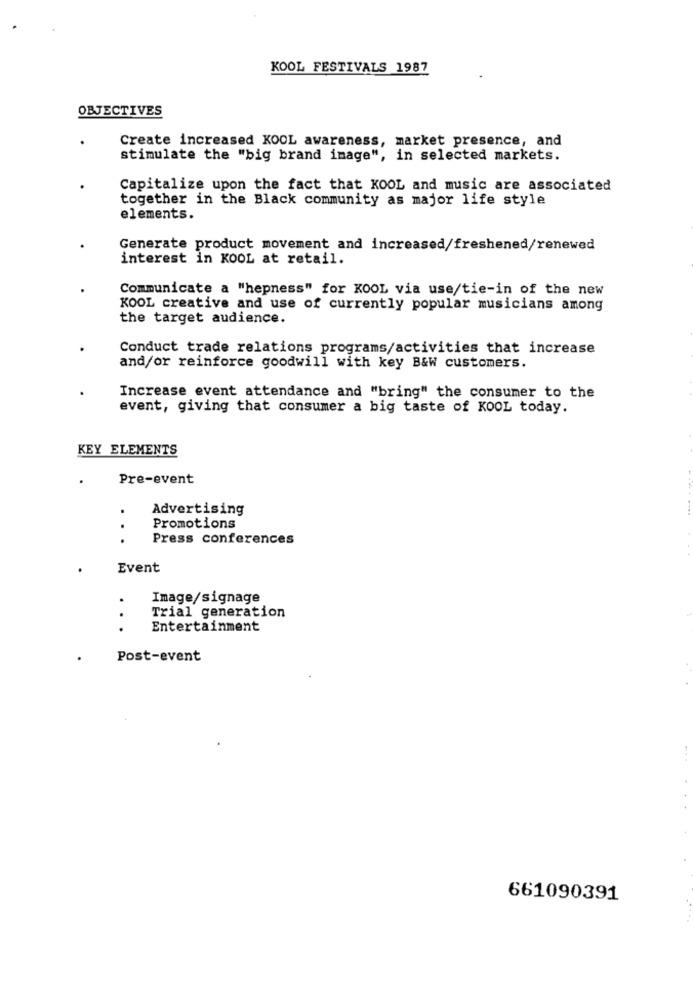
KOOL FESTIVALS 1987
OBJECTIVES
Create increased KOOL awareness, market presence, and
stimulate the "big brand image", in selected markets.
Capitalize upon the fact that KOOL and music are associated
together in the Black community as major life style
elements.
Generate product movement and increased/freshened/renewed
interest in KOOL at retail.
Communicate a "hepness" for KOOL via use/tie-in of the new
KOOL creative and use of currently popular musicians among
the target audience.
Conduct trade relations programs/activities that increase
and/or reinforce goodwill with key B&W customers.
Increase event attendance and "bring" the consumer to the
event, giving that consumer a big taste of KOOL today.
KEY ELEMENTS
Pre-event
Advertising
Promotions
Press conferences
Event
Image/signage
Trial generation
.
Entertainment
.
Post-event
661090391